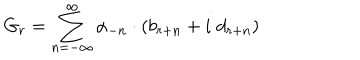
G _ { r } = \sum _ { n = - \infty } ^ { \infty } \alpha _ { - n } \cdot ( b _ { r + n } + i \; d _ { r + n } )